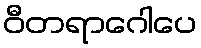
ဝီတရာဂေါပေ